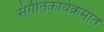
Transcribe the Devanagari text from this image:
संगीतकार्यक्रमात